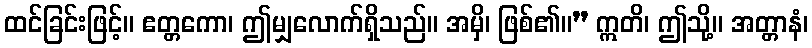
ထင်ခြင်းဖြင့်။ ဧတ္တကော၊ ဤမျှလောက်ရှိသည်။ အမှိ၊ ဖြစ်၏။” ဣတိ၊ ဤသို့။ အတ္တာနံ၊